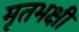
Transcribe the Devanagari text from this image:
मृतभक्षी